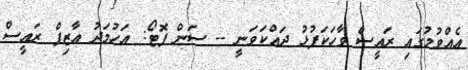
އެއްވުމުގައި ރައީސް ވާހަކަފުޅު ދައްކަވަނީ -- ސަން ފޮޓޯ: އަހުމަދު އާޒިފް ރައީސް